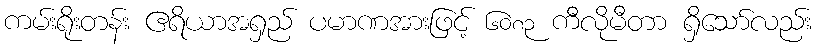
ကမ်းရိုးတန်း ဧရိယာအရှည် ပမာဏအားဖြင့် ၆၀၈၃ ကီလိုမီတာ ရှိသော်လည်း